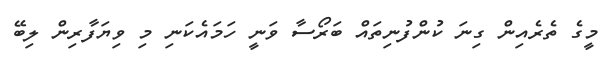
މީގެ ތެރެއިން ގިނަ ކުންފުނިތައް ބަރޯސާ ވަނީ ހަމައެކަނި މި ވިޔަފާރިން ލިބޭ